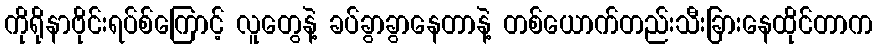
ကိုရိုနာဗိုင်းရပ်စ်ကြောင့် လူတွေနဲ့ ခပ်ခွာခွာနေတာနဲ့ တစ်ယောက်တည်းသီးခြားနေထိုင်တာက